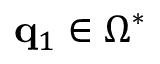
\mathbf { q } _ { 1 } \in \Omega ^ { * }